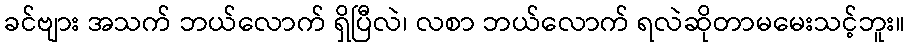
ခင်ဗျား အသက် ဘယ်လောက် ရှိပြီလဲ၊ လစာ ဘယ်လောက် ရလဲဆိုတာမမေးသင့်ဘူး။